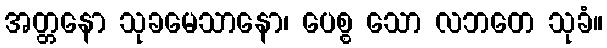
အတ္တနော သုခမေသာနော၊ ပေစ္စ သော လဘတေ သုခံ။